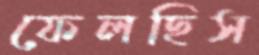
ফেলছিস